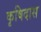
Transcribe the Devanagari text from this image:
कृषिदास